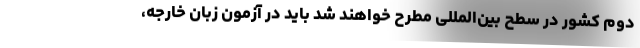
دوم کشور در سطح بین‌المللی مطرح خواهند شد باید در آزمون زبان خارجه،